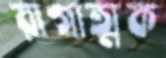
রাগাত্মক